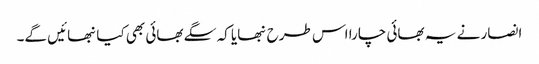
انصار نے یہ بھائی چارا اس طرح نبھایا کہ سگے بھائی بھی کیانبھائیں گے۔